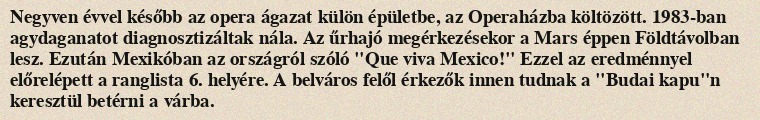
Negyven évvel később az opera ágazat külön épületbe, az Operaházba költözött. 1983-ban agydaganatot diagnosztizáltak nála. Az űrhajó megérkezésekor a Mars éppen Földtávolban lesz. Ezután Mexikóban az országról szóló "Que viva Mexico!" Ezzel az eredménnyel előrelépett a ranglista 6. helyére. A belváros felől érkezők innen tudnak a "Budai kapu"n keresztül betérni a várba.